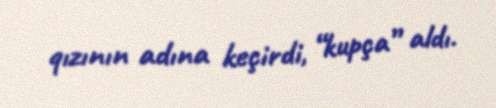
qızının adına keçirdi, “kupça” aldı.